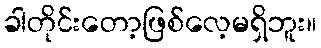
ခါတိုင်းတော့ဖြစ်လေ့မရှိဘူး။